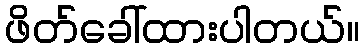
ဖိတ်ခေါ်ထားပါတယ်။